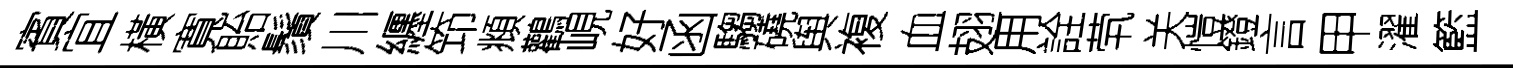
賓宜橫寬貽鬚川纒笻頫鸛峴好函騶磽舆複血翅用詮茕关愷鐙言甲濯籃